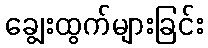
ချွေးထွက်များခြင်း